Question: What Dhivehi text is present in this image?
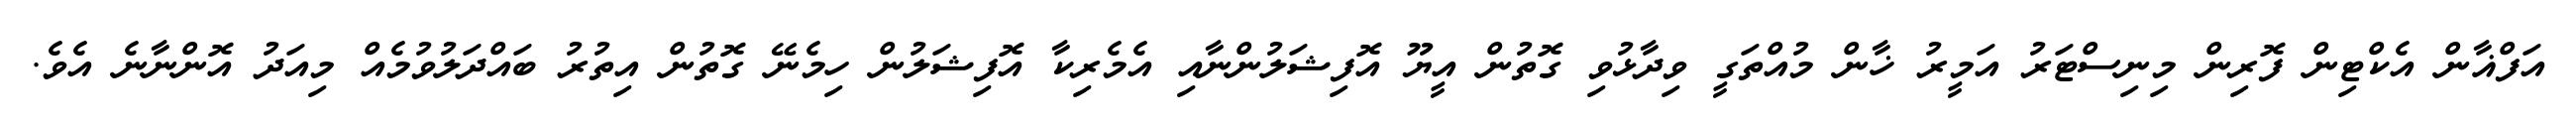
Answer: އަފްޣާން އެކްޓިން ފޮރިން މިނިސްޓަރު އަމީރު ޚާން މުއްތަގީ ވިދާޅުވި ގޮތުން އީޔޫ އޮފިޝަލުންނާއި އެމެރިކާ އޮފިޝަލުން ހިމެނޭ ގޮތުން އިތުރު ބައްދަލުވުމެއް މިއަދު އޮންނާނެ އެވެ.